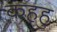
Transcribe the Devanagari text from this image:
कहहु